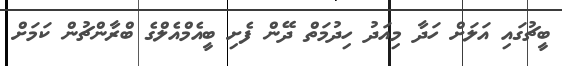
ބީޗުގައި އަލަށް ހަދާ މިއަދު ހިދުމަތް ދޭން ފެށި ބީއެމްއެލްގެ ބްރާންޗުން ކަމަށް